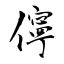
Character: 儜